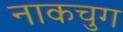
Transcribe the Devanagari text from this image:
नाकचुग